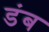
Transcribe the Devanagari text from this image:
डंब